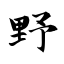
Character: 野